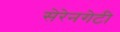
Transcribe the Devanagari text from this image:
सेरेनगेटी